Vaccination report Assam 1896-1927 - 1896-1927
Year: 1896
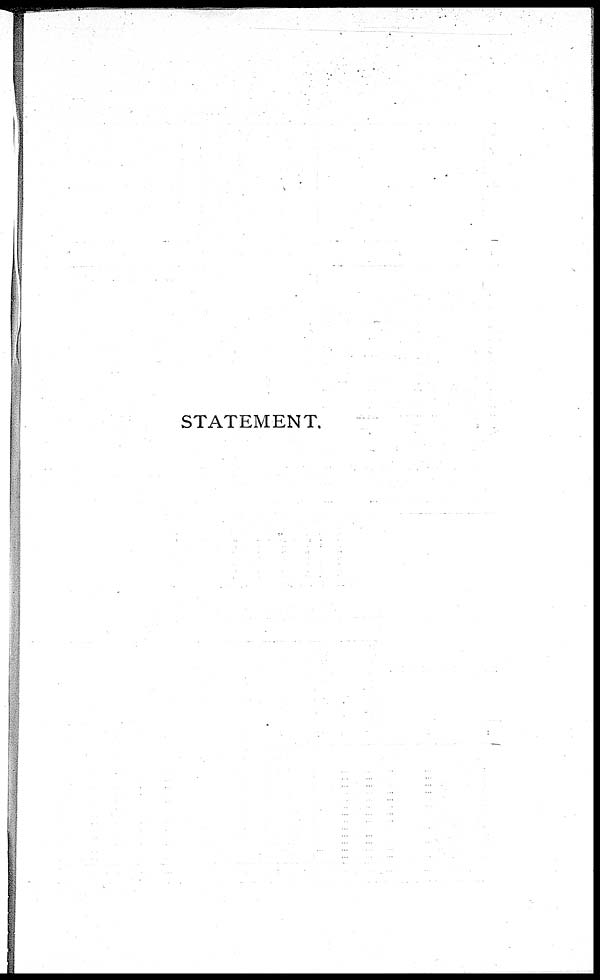
STATEMENT.